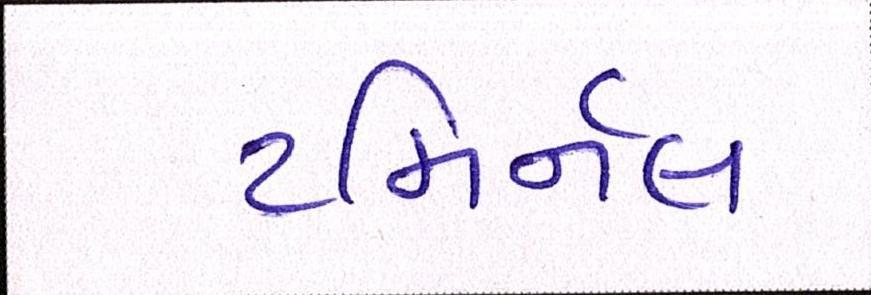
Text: ટમિર્નલ